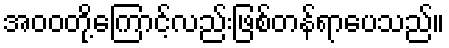
အဝဝတို့ကြောင့်လည်းဖြစ်တန်ရာပေသည်။